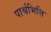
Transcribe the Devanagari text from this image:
पार्श्वभित्ति